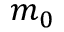
m _ { 0 }